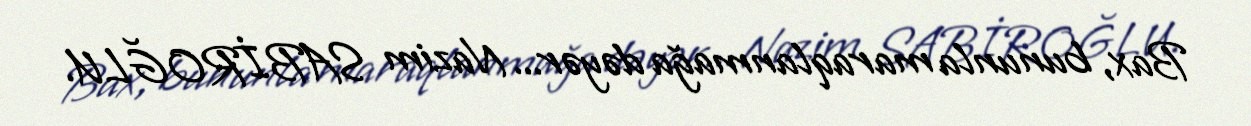
Bax, bununla maraqlanmağa dəyər... Nazim SABİROĞLU.